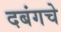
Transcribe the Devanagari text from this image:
दबंगचे